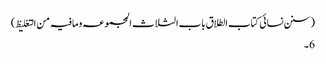
(سنن نسائی کتاب الطلاق باب الثلاث المجموعہ ومافیہ من التغلیظ)
6۔